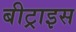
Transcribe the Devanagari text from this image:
बीट्राइस